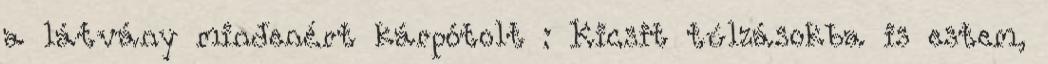
a látvány mindenért kárpótolt : Kicsit túlzásokba is estem,